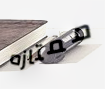
ممتازه